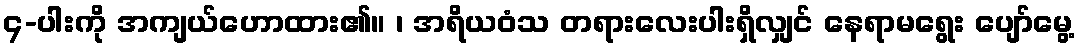
၄-ပါးကို အကျယ်ဟောထား၏။ ၊ အရိယဝံသ တရားလေးပါးရှိလျှင် နေရာမရွေး ပျော်မွေ့